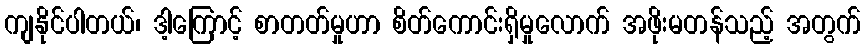
ကျနိုင်ပါတယ်၊ ဒါ့ကြောင့် စာတတ်မှုဟာ စိတ်ကောင်းရှိမှုလောက် အဖိုးမတန်သည့် အတွက်